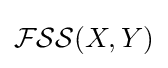
{\mathcal {FSS}}(X,Y)